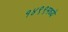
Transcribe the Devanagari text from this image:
१४९९मध्ये